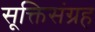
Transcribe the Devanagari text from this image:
सूक्तिसंग्रह